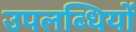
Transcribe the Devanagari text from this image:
उपलब्धियों